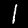
Digit: 1